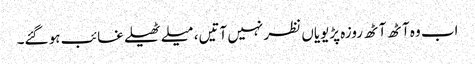
اب وہ آٹھ آٹھ روزہ پڑیویاں نظر نہیں آتیں، میلے ٹھیلے غائب ہو گئے۔